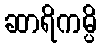
ဆာရိကမ္ပိ